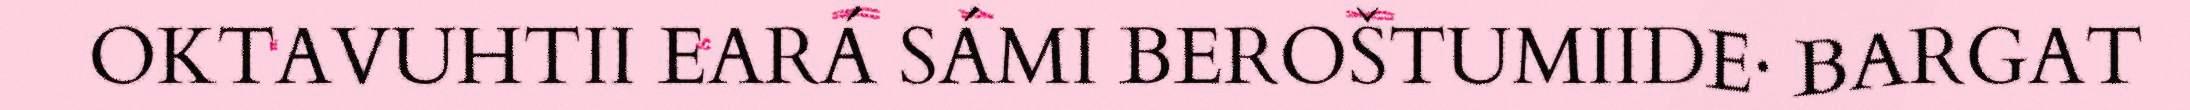
OKTAVUHTII EARÁ SÁMI BEROŠTUMIIDE· BARGAT